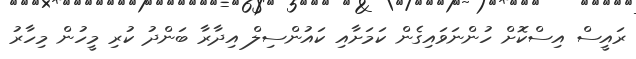
ރައީސް އިސްކޮށް ހުންނަވައިގެން ކަމަށާއި ކައުންސިލް އިދާރާ ބަންދު ކުރި މީހުން މިހާރު